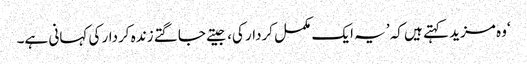
‘وہ مزید کہتے ہیں کہ ’یہ ایک مکمل کردار کی، جیتے جاگتے زندہ کردار کی کہانی ہے۔